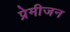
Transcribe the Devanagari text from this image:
प्रेमीजन